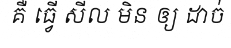
គឺ ធ្វើ សីល មិន ឲ្យ ដាច់